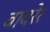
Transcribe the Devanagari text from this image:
बाबरेर